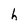
Character: h